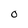
Character: O